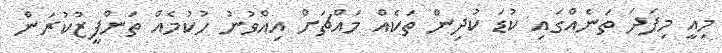
މިއީ މިފަދަ ތަނެއްގައި ކުޑަ ކުދިން ތަކެއް މައްޗަށް އިއްވުނު ހުކުމެއް ތަންފީޒުކުރަން